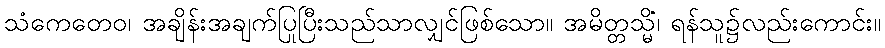
သံကေတေဝ၊ အချိန်းအချက်ပြုပြီးသည်သာလျှင်ဖြစ်သော။ အမိတ္တသ္မိံ၊ ရန်သူ၌လည်းကောင်း။